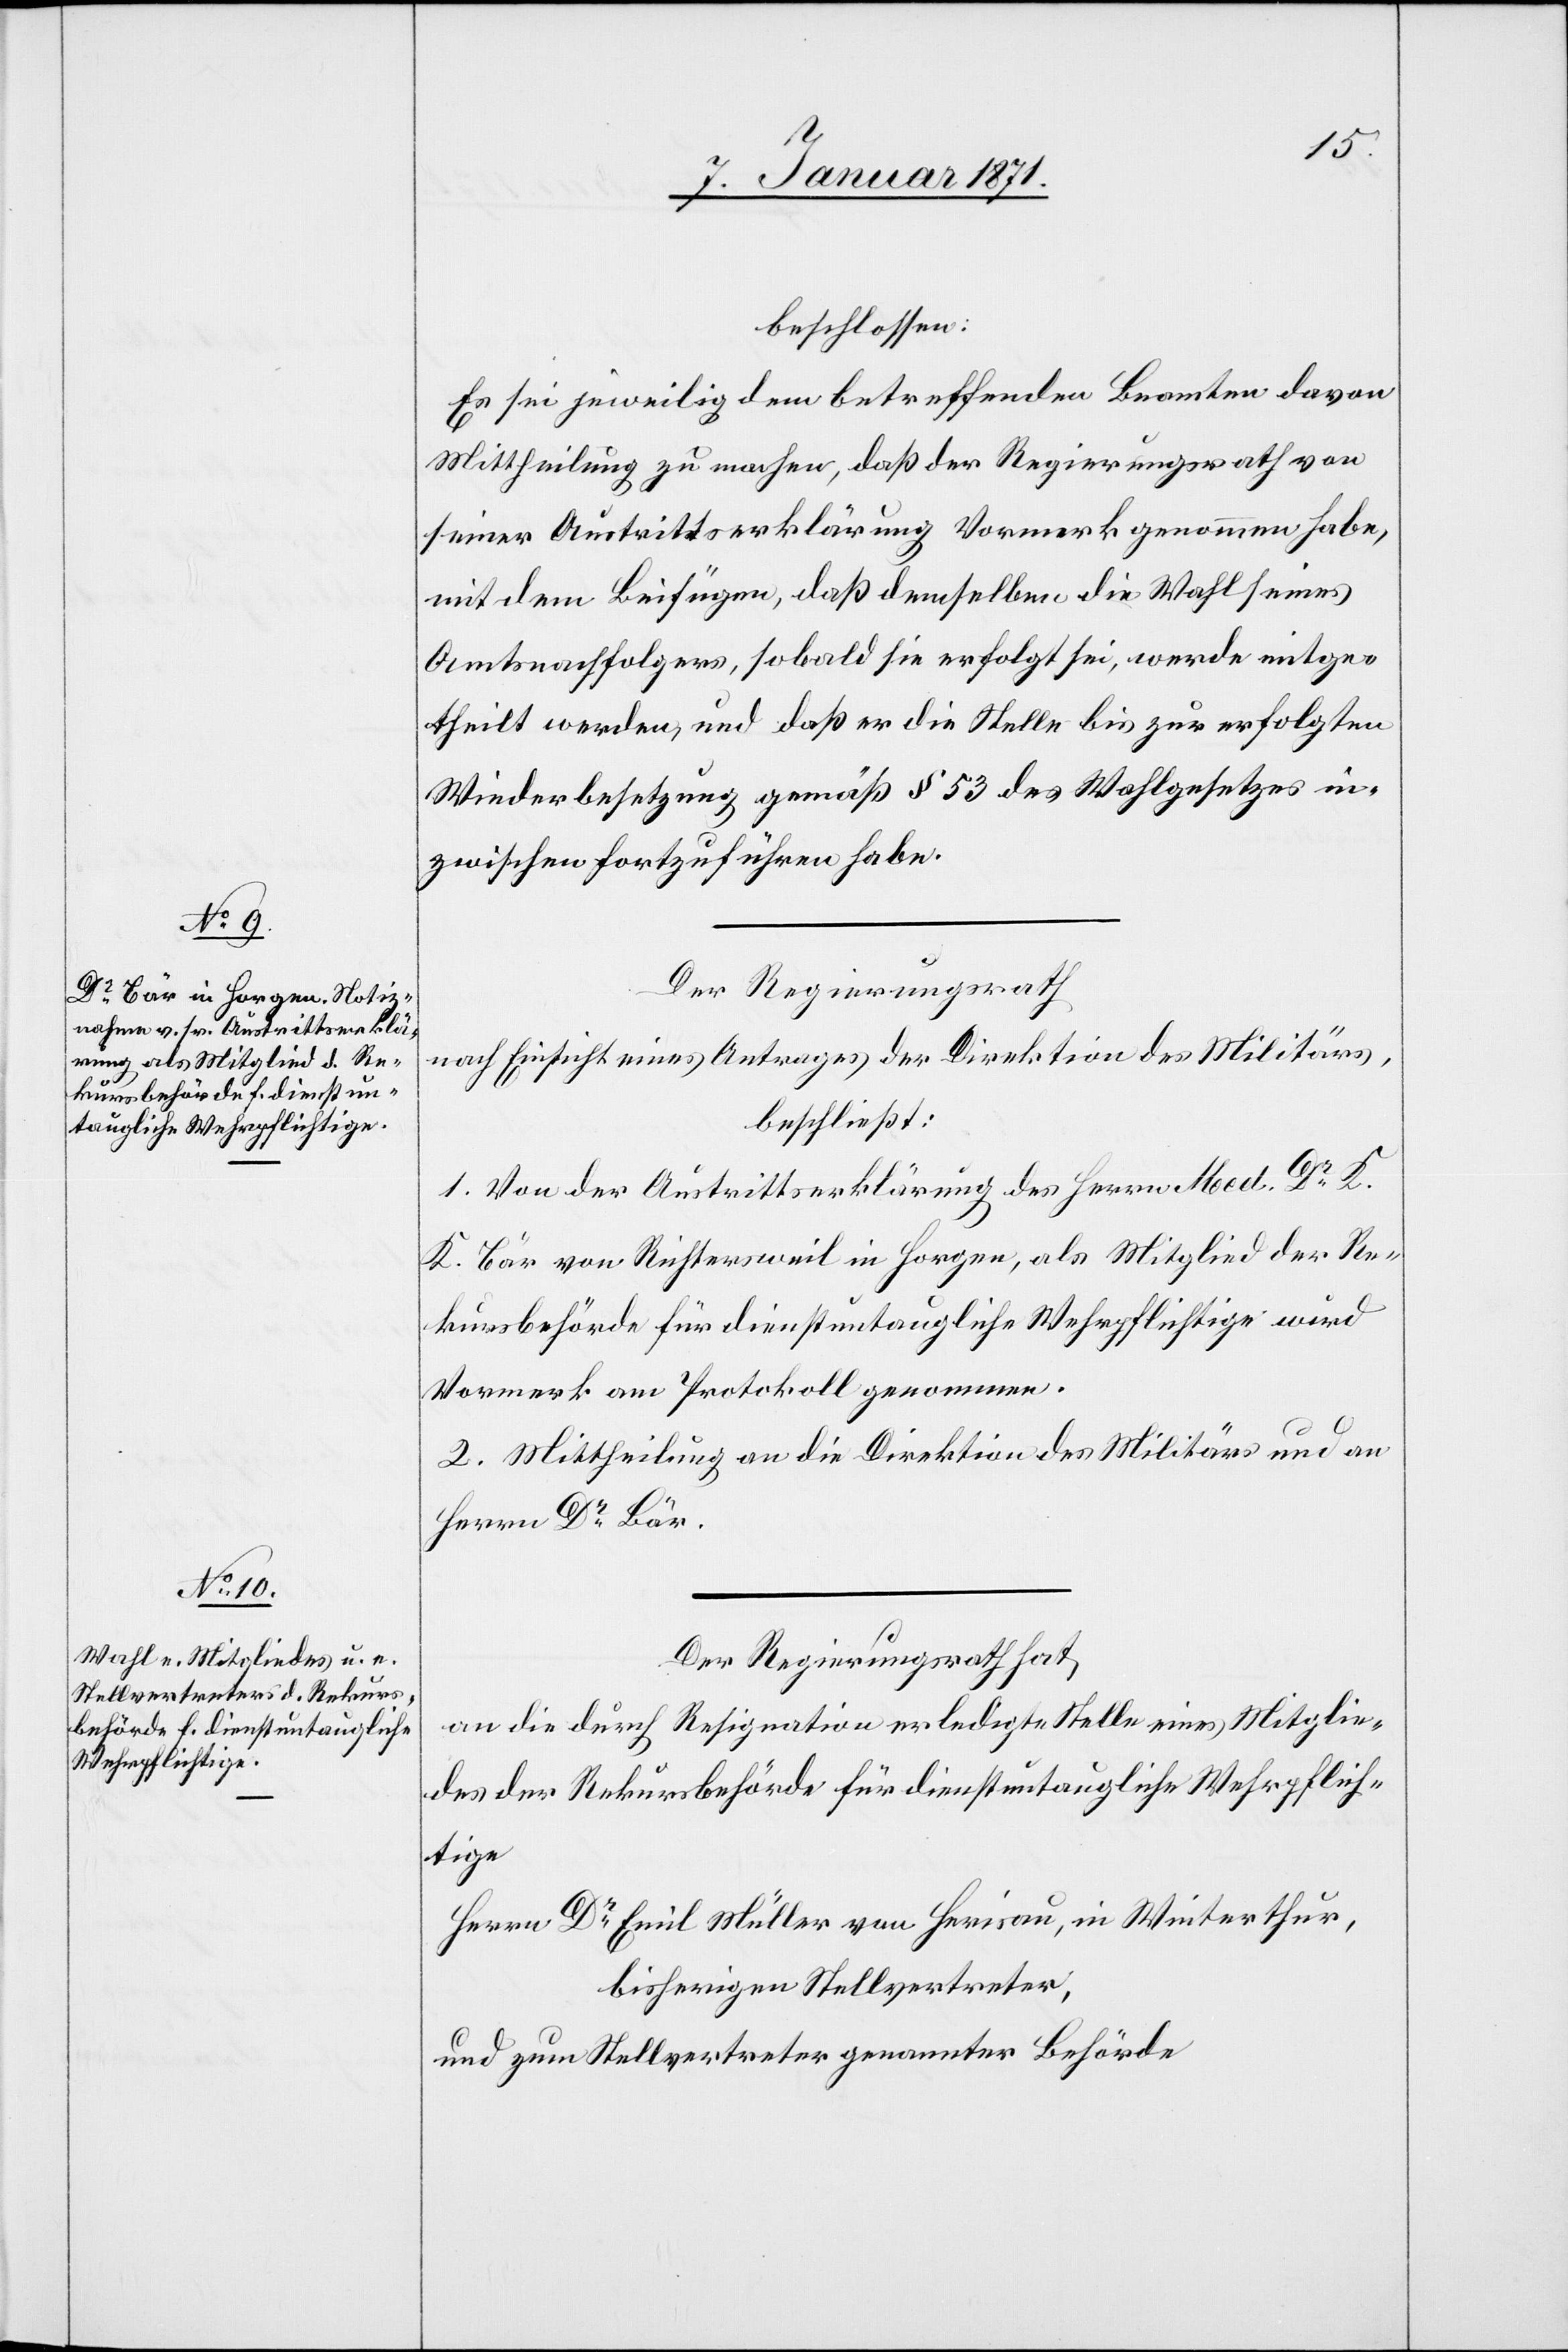
beschlossen:
Es sei jeweilig dem betreffenden Beamten davon
Mittheilung zu machen, daß der Regierungsrath von
seiner Austrittserklärung Vormerk genommen habe,
mit dem Beifügen, daß demselben die Wahl seines
Amtsnachfolgers, sobald sie erfolgt sei, werde mitge¬
theilt werden, und daß er die Stelle bis zur erfolgten
Wiederbesetzung gemäß § 53 des Wahlgesetztes in¬
zwischen fortzuführen habe.
Der Regierungsrath
nach Einsicht eines Antrages der Direktion des Militärs,
beschließt:
1. Von der Austrittserklärung des Herrn Med. Dr K.
K. Bär von Richtersweil in Horgen, als Mitglied der Re¬
kursbehörde für dienstuntaugliche Wehrpflichtige wird
Vormerk am Protokoll genommen.
2. Mittheilung an die Direktion des Militärs und an
Herrn Dr Bär.
Der Regierungsrath hat
an die durch Resignation erledigte Stelle eines Mitglie¬
des der Rekursbehörde für dienstuntaugliche Wehrpflich¬
tige
Herrn Dr. Emil Müller von Herisau, in Winterthur,
bisherigen Stellvertreter,
und zum Stellvertreter genannter Behörde